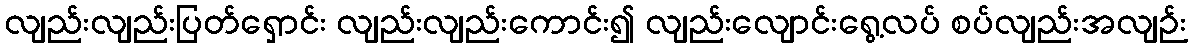
လျည်းလျည်းပြတ်ရှောင်း လျည်းလျည်းကောင်း၍ လျည်းလျောင်းရွေ့လပ် စပ်လျည်းအလျဉ်း